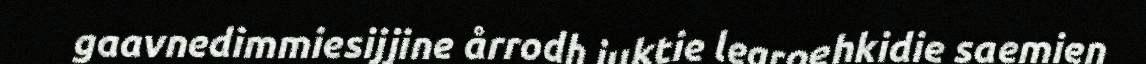
gaavnedimmiesijjine årrodh juktie learoehkidie saemien